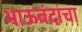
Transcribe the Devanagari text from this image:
भाऊबंदांचा